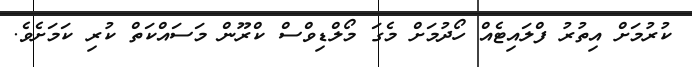
ކުރުމަށް އިތުރު ފްލައިޓެއް ހޯދުމަށް މެގަ މޯލްޑިވްސް ކްރޫން މަސައްކަތް ކުރި ކަމަށެވެ.